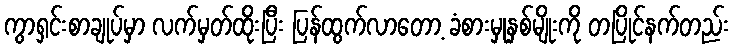
ကွာရှင်းစာချုပ်မှာ လက်မှတ်ထိုးပြီး ပြန်ထွက်လာတော့ ခံစားမှုနှစ်မျိုးကို တပြိုင်နက်တည်း